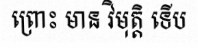
ព្រោះ មាន វិមុត្តិ ទើប